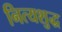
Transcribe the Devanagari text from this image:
नित्यशुद्ध